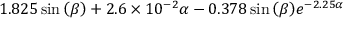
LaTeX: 1 . 8 2 5 \sin { \left( \beta \right) } + 2 . 6 \times 1 0 ^ { - 2 } \alpha - 0 . 3 7 8 \sin { \left( \beta \right) } e ^ { - 2 . 2 5 \alpha }